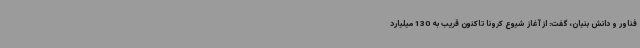
فناور و دانش بنیان، گفت: از آغاز شیوع کرونا تاکنون قریب به 130 میلیارد